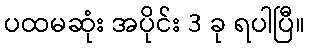
ပထမဆုံး အပိုင်း 3 ခု ရပါပြီ။